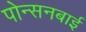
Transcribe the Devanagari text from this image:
पोन्सनबाई